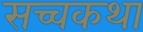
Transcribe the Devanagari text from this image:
सच्चकथा